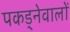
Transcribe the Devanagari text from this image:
पकड्नेवालों